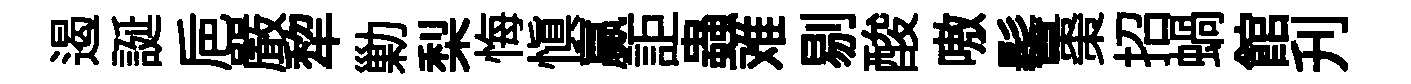
遏誕巵嚴犂勦梨悔愼贏詎蟲难剔酸嗷髻棗招蝸館刋